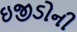
ઇજીડોની